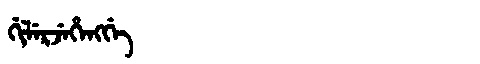
Manchu: ᡤᡳᠯᡝᡵᠵᡝᡥᡝᠩᡤᡝ
Romanization: GILERJEHENGGE